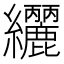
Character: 𮉟